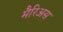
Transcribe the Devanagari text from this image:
मैरिअस